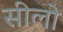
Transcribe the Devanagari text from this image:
सीलो